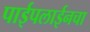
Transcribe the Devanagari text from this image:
पाईपलाईनचा